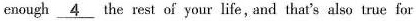
enough \underline{4} the rest of your life, and that's also true for